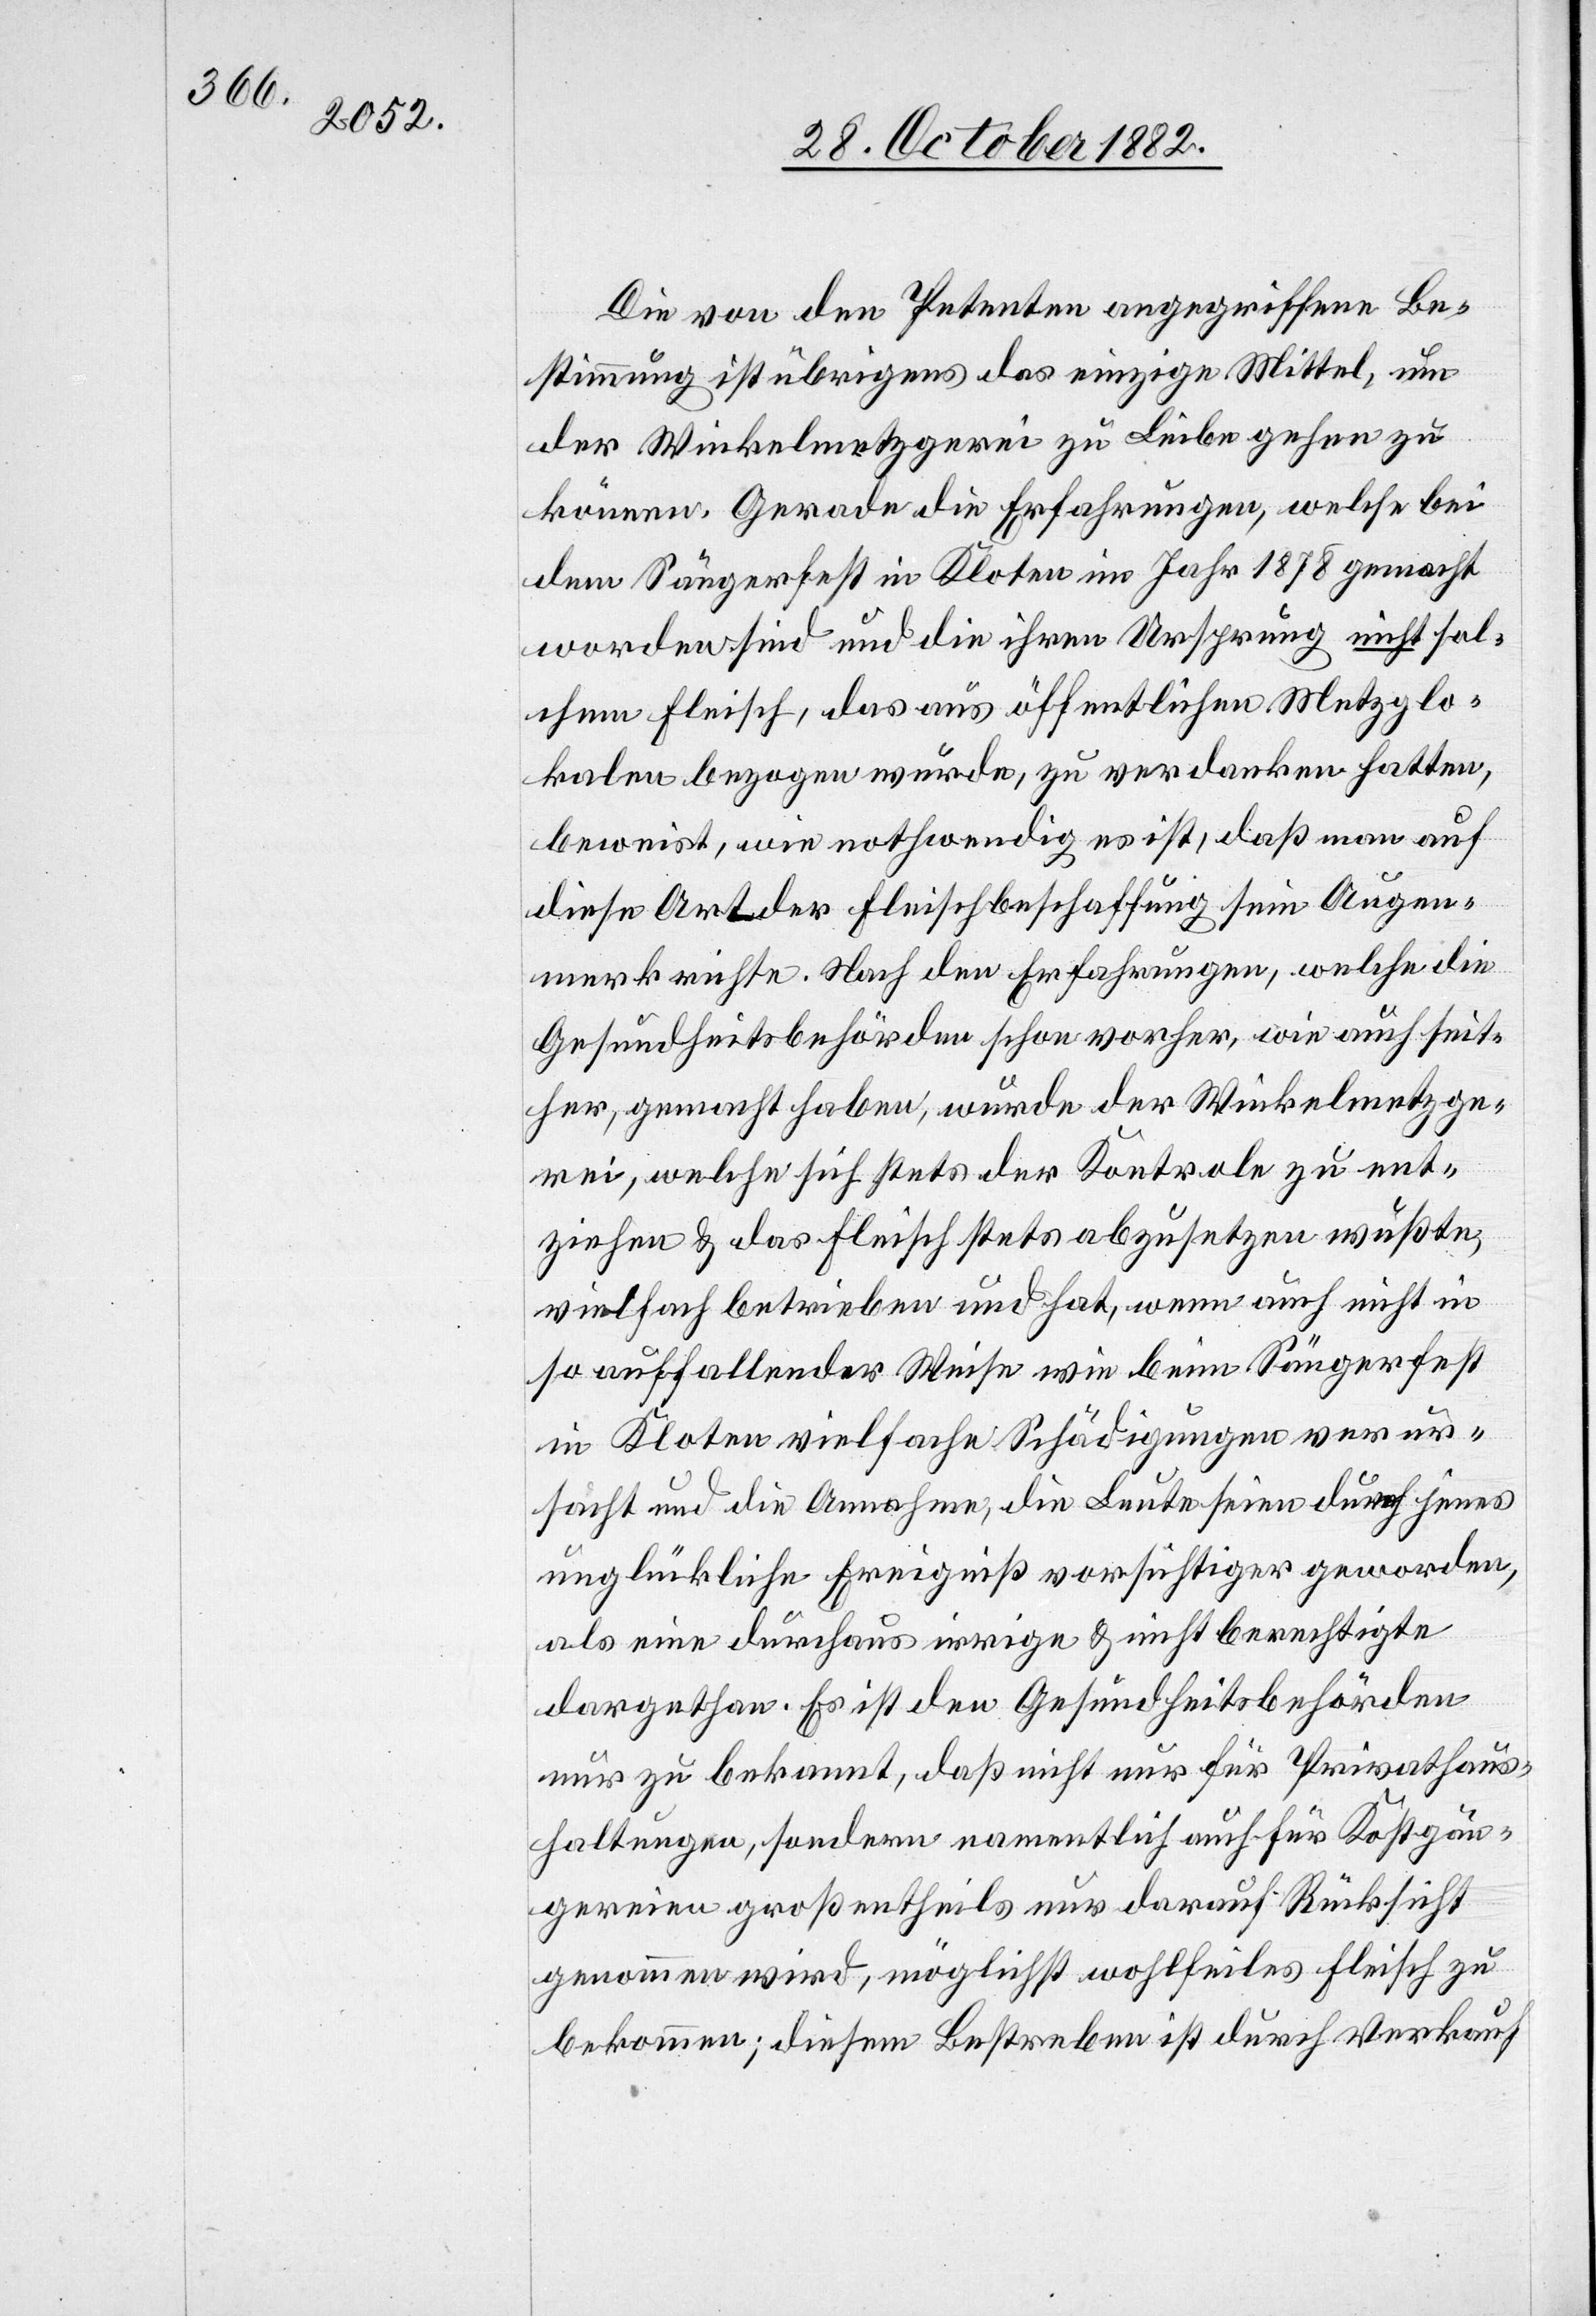
Die von den Petenten angegriffene Be¬
stimmung ist übrigens das einzige Mittel, um
der Winkelmetzgerei zu Leibe gehen zu
können. Gerade die Erfahrungen, welche bei
dem Sängerfest in Kloten im Jahr 1878 gemacht
worden sind und ihren Ursprung nicht sol¬
chem Fleisch, das aus öffentlichen Metzglo¬
kalen bezogen wurde, zu verdanken hatten,
beweist, wie nothwendig es ist, daß man auf
diese Art der Fleischbeschaffung sein Augen¬
merk richte. Nach den Erfahrungen, welche die
Gesundheitsbehörden schon vorher, wie auch seit¬
her, gemacht haben, wurde der Winkelmetzge¬
rei, welche sich stets der Kontrole zu ent¬
ziehen & das Fleisch stets abzusetzen wußte,
vielfach betrieben und hat, wenn auch nicht in
so auffallender Weise wie beim Sängerfest
in Kloten vielfache Schädigungen verur¬
sacht und die Annahme, die Leute seien durch jenes
unglückliche Ereigniß vorsichtiger geworden,
als eine durchaus irrige & nicht berechtigte
dargethan. Es ist den Gesundheitsbehörden
nur zu bekannt, daß nicht nur für Privathaus¬
haltungen, sondern namentlich auch für Kostgän¬
gereien großentheils nur darauf Rücksicht
genommen wird, möglichst wohlfeiles Fleisch zu
bekommen; diesem Bestreben ist durch Verkauf